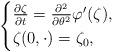
LaTeX: \begin{align*} \begin{cases} \frac{\partial \zeta}{\partial t} = \frac{\partial^2}{\partial \theta^2} \varphi ' (\zeta), \\ \zeta(0, \cdot) = \zeta_0,\end{cases}\end{align*}